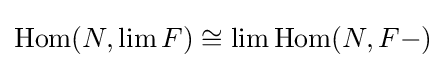
\operatorname {Hom} (N,\lim F)\cong \lim \operatorname {Hom} (N,F-)